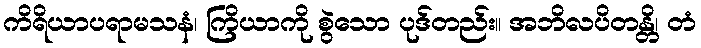
ကိရိယာပရာမသနံ၊ ကြိယာကို စွဲသော ပုဒ်တည်း။ အဘိလပိတန္တိ၊ တံ